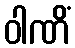
ဝါဏိံ